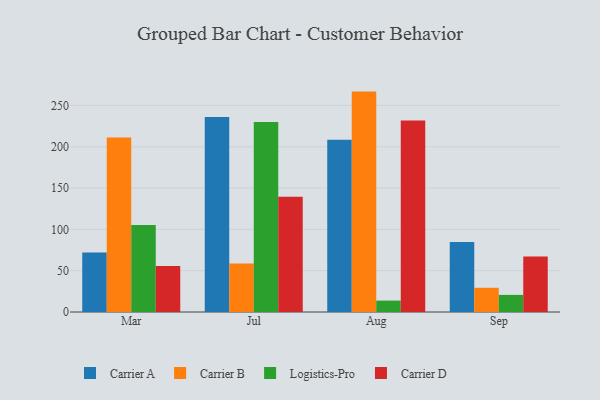
{"axis": {"x": "Month", "y": "Temperature (°C)"}, "legend": ["Carrier A", "Carrier B", "Carrier D", "Logistics-Pro"], "data": [{"x": "Mar", "y": 72.1, "type": "Carrier A"}, {"x": "Mar", "y": 211.2, "type": "Carrier B"}, {"x": "Mar", "y": 105.2, "type": "Logistics-Pro"}, {"x": "Mar", "y": 55.8, "type": "Carrier D"}, {"x": "Jul", "y": 236.1, "type": "Carrier A"}, {"x": "Jul", "y": 58.8, "type": "Carrier B"}, {"x": "Jul", "y": 229.9, "type": "Logistics-Pro"}, {"x": "Jul", "y": 139.4, "type": "Carrier D"}, {"x": "Aug", "y": 208.5, "type": "Carrier A"}, {"x": "Aug", "y": 266.8, "type": "Carrier B"}, {"x": "Aug", "y": 13.8, "type": "Logistics-Pro"}, {"x": "Aug", "y": 231.9, "type": "Carrier D"}, {"x": "Sep", "y": 84.6, "type": "Carrier A"}, {"x": "Sep", "y": 29.3, "type": "Carrier B"}, {"x": "Sep", "y": 20.7, "type": "Logistics-Pro"}, {"x": "Sep", "y": 67.1, "type": "Carrier D"}]}